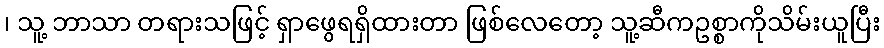
၊ သူ့ ဘာသာ တရားသဖြင့် ရှာဖွေရရှိထားတာ ဖြစ်လေတော့ သူ့ဆီကဥစ္စာကိုသိမ်းယူပြီး